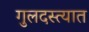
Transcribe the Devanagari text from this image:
गुलदस्त्यात